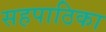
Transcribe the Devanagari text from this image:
सहपाठिका